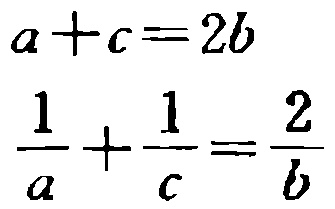
\[
a + c = 2b
\]
\[
\frac{1}{a}+\frac{1}{c}=\frac{2}{b}
\]